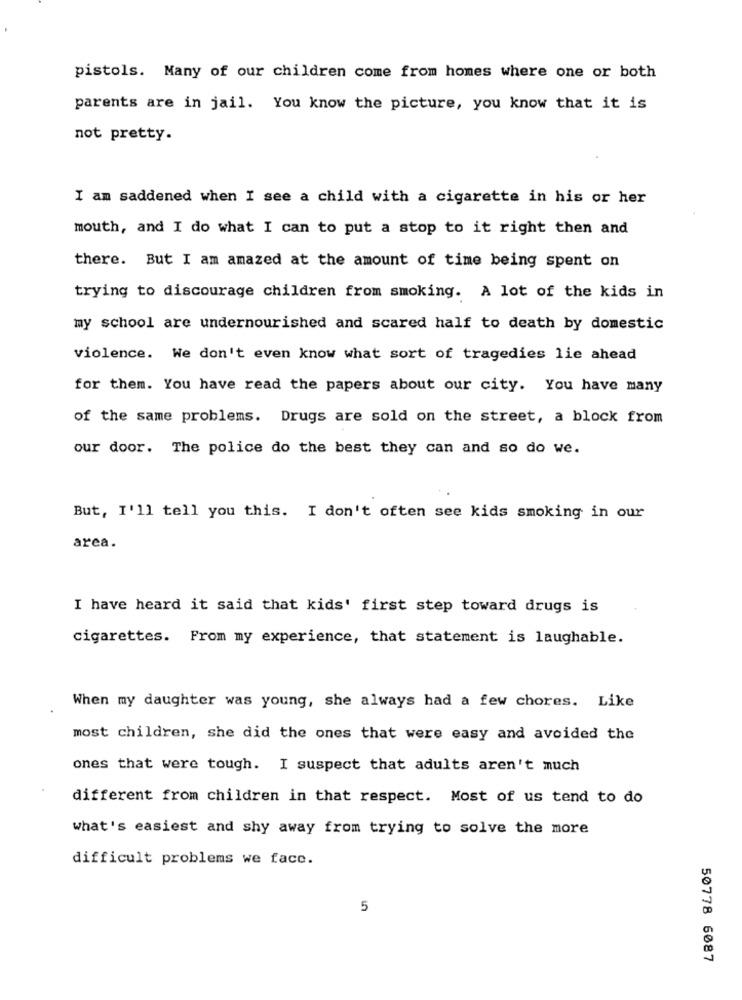
pistols. Many of our children come from homes where one or both
parents are in jail. You know the picture, you know that it is
not pretty.
I am saddened when I see a child with a cigarette in his or her
mouth, and I do what I can to put a stop to it right then and
there. But I am amazed at the amount of time being spent on
trying to discourage children from smoking. A lot of the kids in
my school are undernourished and scared half to death by domestic
violence. We don't even know what sort of tragedies lie ahead
for them. You have read the papers about our city. You have many
of the same problems. Drugs are sold on the street, a block from
our door. The police do the best they can and so do we.
But, I'll tell you this. I don't often see kids smoking in our
area.
I have heard it said that kids' first step toward drugs is
cigarettes. From my experience, that statement is laughable.
When my daughter was young, she always had a few chores. Like
most children, she did the ones that were easy and avoided the
ones that were tough. I suspect that adults aren't much
different from children in that respect. Most of us tend to do
what's easiest and shy away from trying to solve the more
difficult problems we facc.
5
50778 6087